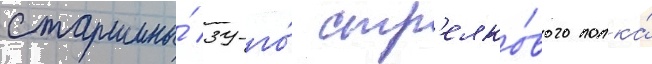
старшины́ 39-го́ стр'елко́вого полка́